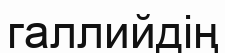
галлийдің